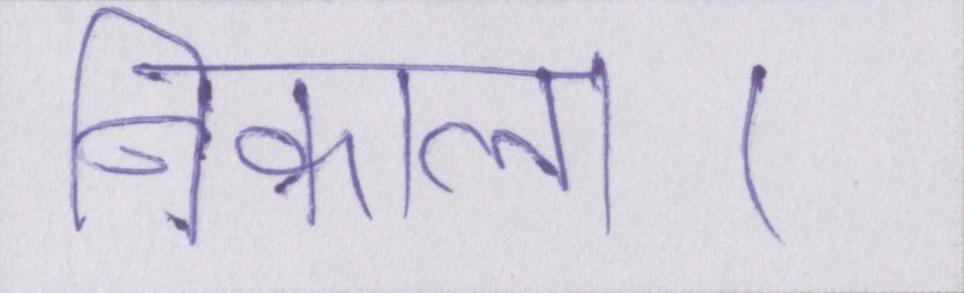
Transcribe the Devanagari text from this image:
निकाला।